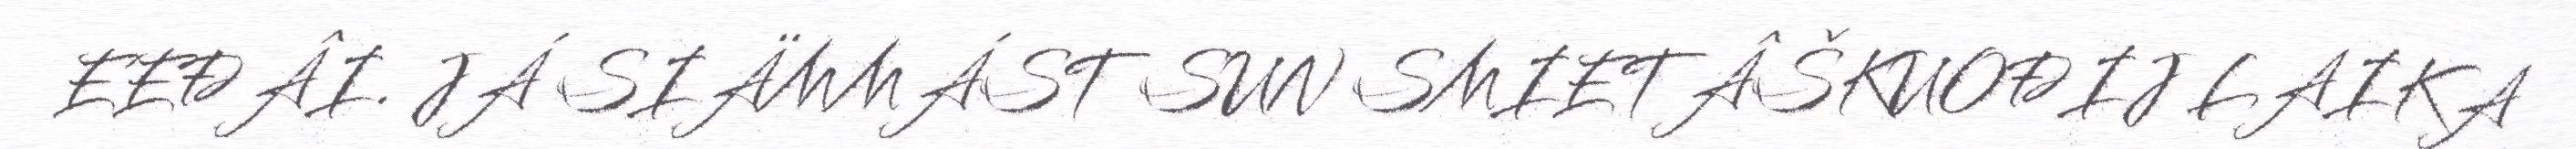
EEĐÂI. JÁ SIÄMMÁST SUN SMIETÂŠKUOĐIJ LAIKA